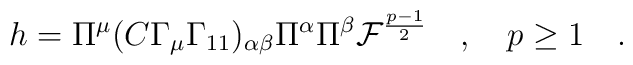
h=\Pi^\mu(C\Gamma_\mu\Gamma_{11})_{\alpha\beta}\Pi^\alpha\Pi^\beta  {\cal F}^{\frac{p-1}{2}}\quad ,\quad p\geq 1\quad .